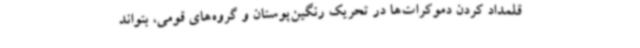
قلمداد کردن دموکرات‌ها در تحریک رنگین‌پوستان و گروه‌های قومی، بتواند